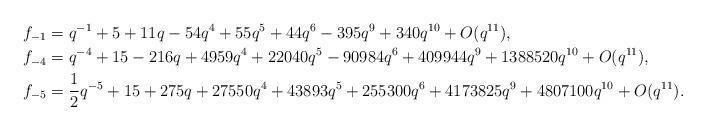
LaTeX: \begin{align*}f_{-1}&=q^{-1} + 5 + 11q - 54q^4 + 55q^5 + 44q^6 - 395q^9 + 340q^{10}+O(q^{11}),\\f_{-4}&=q^{-4} + 15 - 216q + 4959q^4 + 22040q^5 - 90984q^6 + 409944q^9 + 1388520q^{10}+O(q^{11}),\\f_{-5}&=\frac{1}{2}q^{-5} + 15 + 275q + 27550q^4 + 43893q^5 + 255300q^6 + 4173825q^9 + 4807100q^{10}+O(q^{11}).\end{align*}